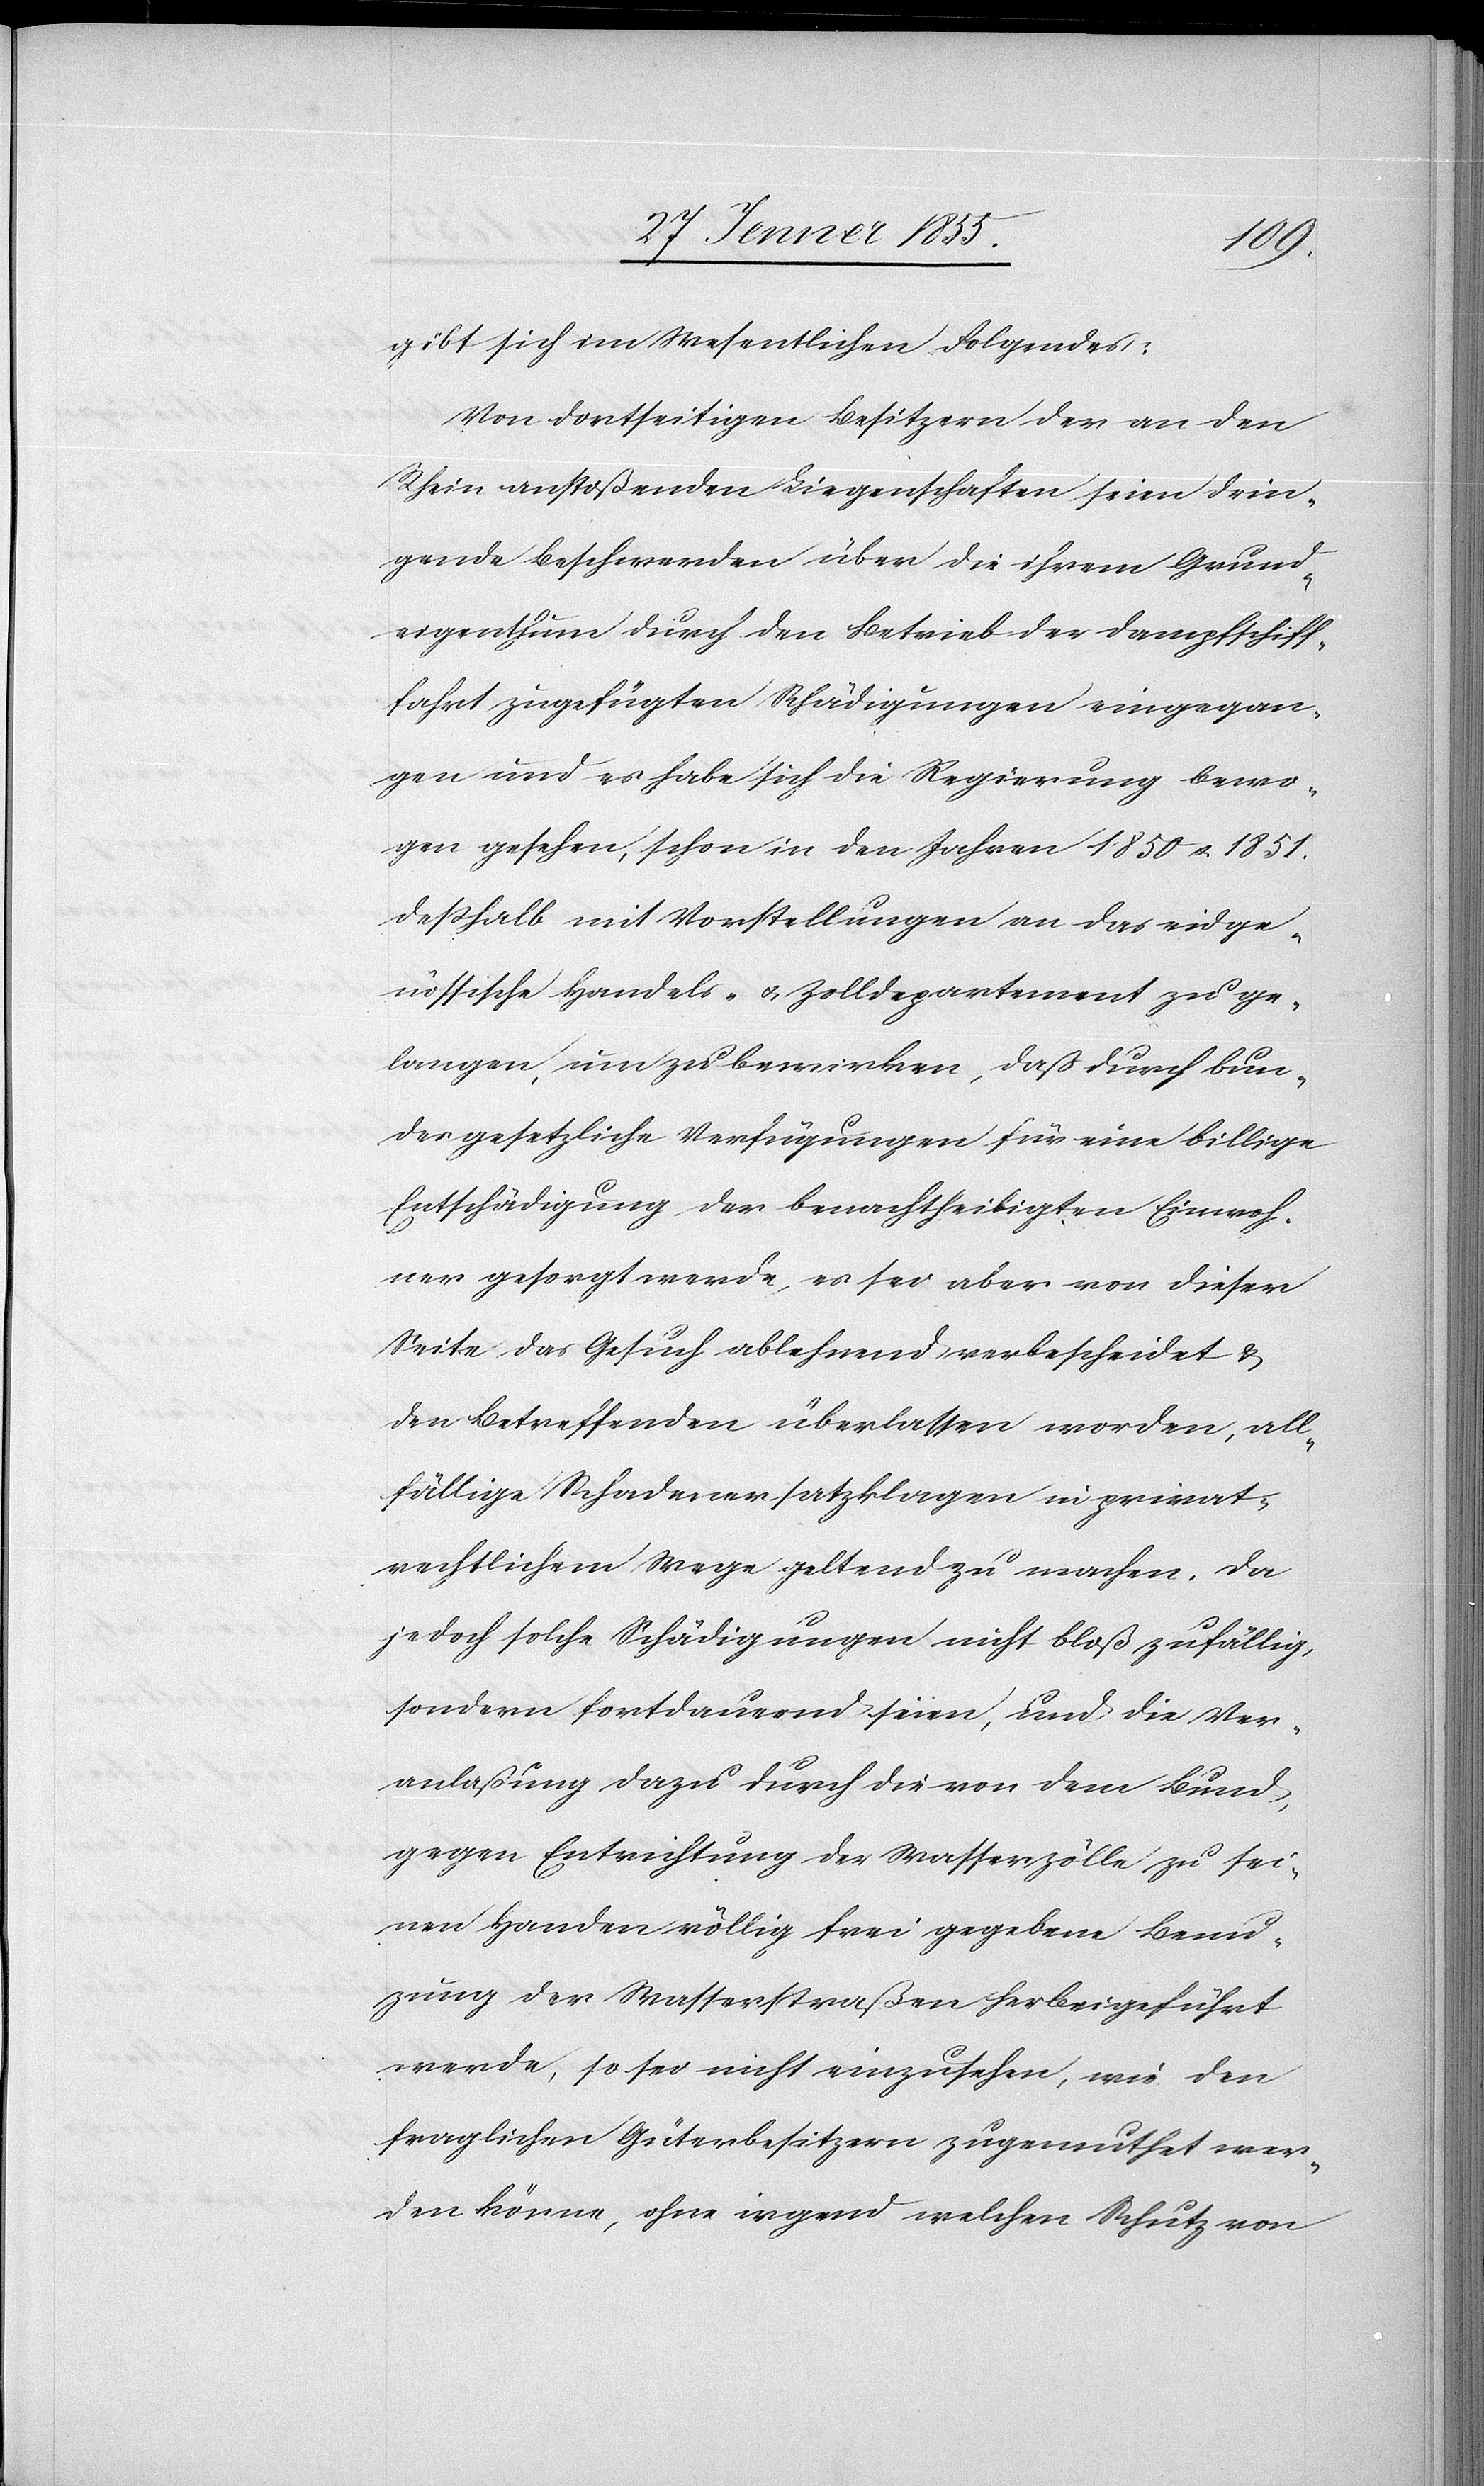
u[t]z¬
gibt sich im Wesentlichen Folgendes:
Von dortseitigen Besitzern der an den
Rhein anstoßenden Liegenschaften seien drin¬
gende Beschwerden über die ihrem Grund¬
eigenthum durch den Betrieb der Dampfschiff¬
fahrt zugefügten Schädigungen eingegan¬
gen und es habe sich die Regierung bewo¬
gen gesehen, schon in den Jahren 1850 & 1851.
deßhalb mit Vorstellungen an das eidge¬
nössische Handels- & Zolldepartement zu ge¬
langen, um zu bewirken, daß durch bun¬
desgesetzliche Verfügungen für eine billige
Entschädigung der benachtheiligten Einwoh¬
ner gesorgt werde, es sei aber von dieser
Seite das Gesuch ablehnend verbescheidet &
den Betreffenden überlassen worden, all¬
fällige Schadenersatzklagen in privat¬
rechtlichem Wege geltend zu machen. Da
jedoch solche Schädigungen nicht bloß zufällig,
sondern fortdauernd seien, und die Ver¬
anlaßung dazu durch die von dem Bund,
gegen Entrichtung der Wasserzölle zu sei¬
nen Handen völlig frei gegebene Ben¬
ung der Wasserstraßen herbeigeführt
werde, so sei nicht einzusehen, wie den
fraglichen Güterbesitzern zugemuthet wer¬
den könne, ohne irgend welchen Schutz von